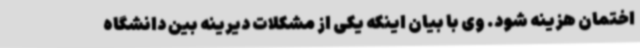
اختمان هزینه شود. وی با بیان اینکه یکی از مشکلات دیرینه بین دانشگاه